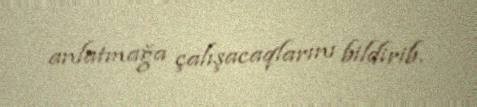
anlatmağa çalışacaqlarını bildirib.